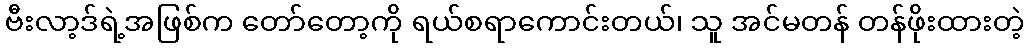
ဗီးလာ့ဒ်ရဲ့အဖြစ်က တော်တော့ကို ရယ်စရာကောင်းတယ်၊ သူ အင်မတန် တန်ဖိုးထားတဲ့